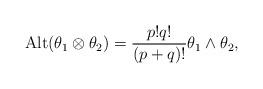
LaTeX: \begin{align*} {\rm Alt}(\theta_1\otimes \theta_2)=\frac{p!q!}{(p+q)!}\theta_1\wedge \theta_2,\end{align*}